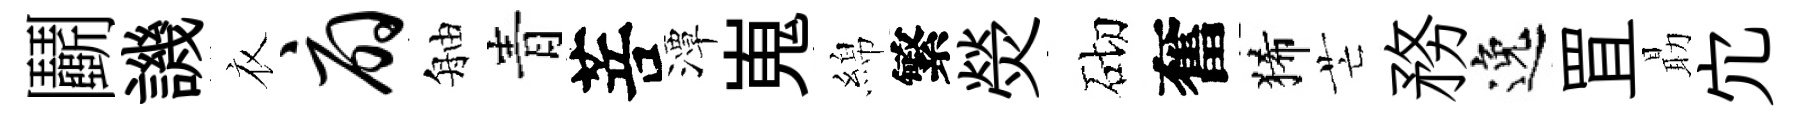
鬬譏衣扇舳青菩潭嵬綿繁熒砌奮狶芒務逸罝朂宂